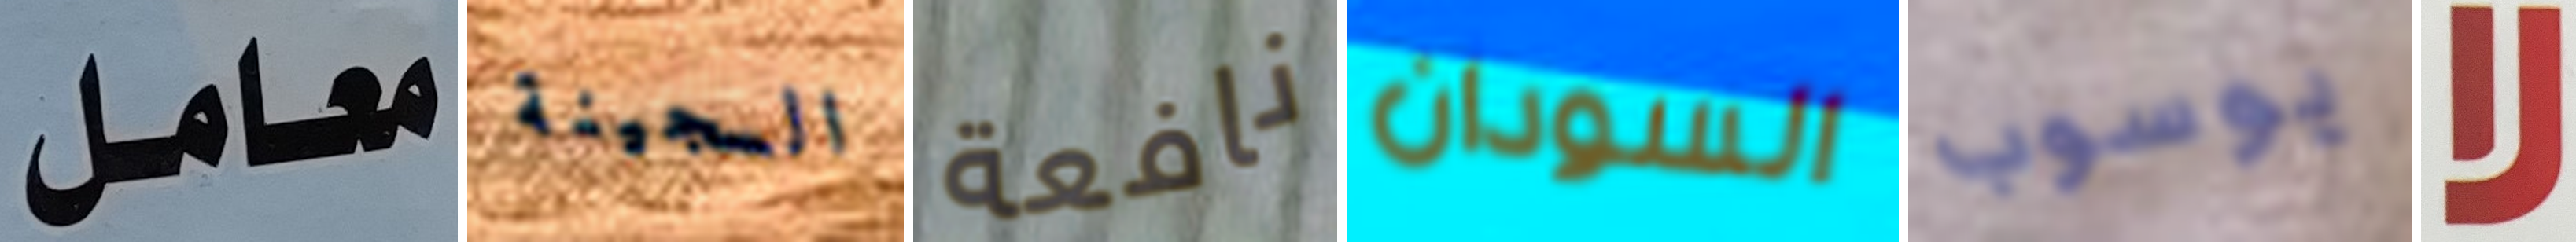
معامل السجينة نافعة السودان يوسوب لا